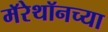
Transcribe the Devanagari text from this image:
मॅरेथॉनच्या